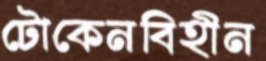
টোকেনবিহীন